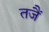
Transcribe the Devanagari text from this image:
तजैं